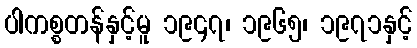
ပါကစ္စတန်နှင့်မူ ၁၉၄၇၊ ၁၉၆၅၊ ၁၉၇၁နှင့်